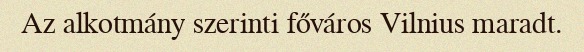
Az alkotmány szerinti főváros Vilnius maradt.